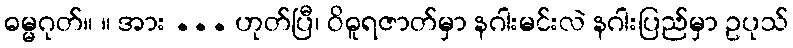
ဓမ္မဂုတ်။ ။ အား ... ဟုတ်ပြီ၊ ဝိဓူရဇာတ်မှာ နဂါးမင်းလဲ နဂါးပြည်မှာ ဥပုသ်